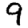
Digit: 9